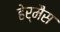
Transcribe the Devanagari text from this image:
हेर्मैस